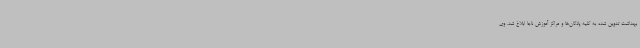
بهداشت تدوین شده به کلیه پادگان‌ها و مراکز آموزش ناجا ابلاغ شد. وی